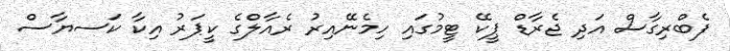
ފެބްރިގާސް އަދި ޖެރާޑް ޕީކޭ ޓީމުގައި ހިމެނޭއިރު ރެއާލްގެ ކީޕަރު އިކާ ކަސޔާސް